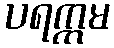
ပရက္ကမ